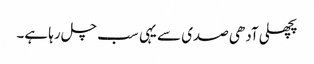
پچھلی آدھی صدی سے یہی سب چل رہا ہے۔